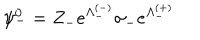
\psi _ { - } ^ { 0 } = Z _ { - } e ^ { \Lambda _ { - } ^ { ( - ) } } \sigma _ { - } e ^ { \Lambda _ { - } ^ { ( + ) } }